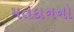
મતદાનનો